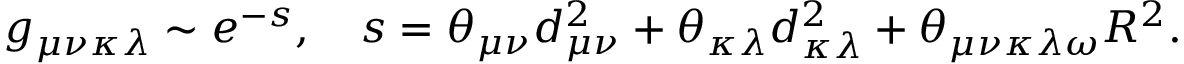
g _ { \mu \nu \kappa \lambda } \sim e ^ { - s } , \quad s = \theta _ { \mu \nu } d _ { \mu \nu } ^ { 2 } + \theta _ { \kappa \lambda } d _ { \kappa \lambda } ^ { 2 } + \theta _ { \mu \nu \kappa \lambda \omega } R ^ { 2 } .